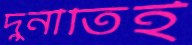
দুর্নীতিই